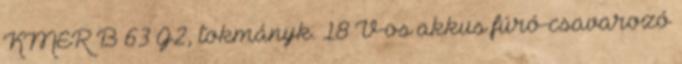
KMER B 63 G2, tokmányk. 18 V-os akkus fúró-csavarozó